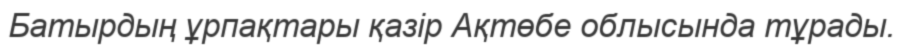
Батырдың ұрпақтары қазір Ақтөбе облысында тұрады.